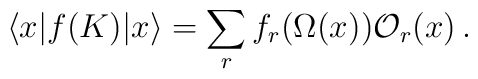
\langle x|f(K)| x\rangle= \sum_r f_r(\Omega(x)) {\cal O}_r(x) \,.